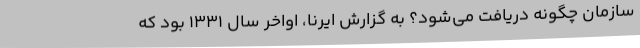
سازمان چگونه دریافت می‌شود؟ به گزارش ایرنا، اواخر سال ۱۳۳۱ بود که